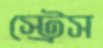
স্ট্রেস